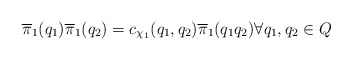
\begin{align*}\overline{\pi}_1(q_1) \overline{\pi}_1(q_2) = c_{\chi_1}(q_1, q_2) \overline{\pi}_1(q_1 q_2) \forall q_1,q_2 \in Q\end{align*}